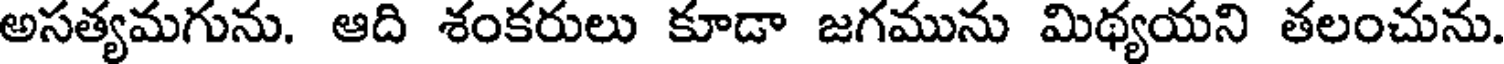
అసత్యమగును. ఆది శంకరులు కూడా జగమును మిథ్యయని తలంచును.